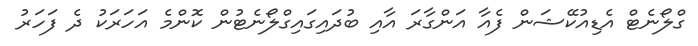
ގްލޯނެޓް އެޑިއުކޭޝަން ފެއާ އަންގާރަ އާއި ބުދައިގައިގްލޯނެޓުން ކޮންމެ އަހަރަކު ދެ ފަހަރު